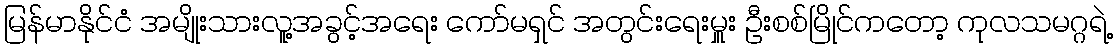
မြန်မာနိုင်ငံ အမျိုးသားလူ့အခွင့်အရေး ကော်မရှင် အတွင်းရေးမှူး ဦးစစ်မြိုင်ကတော့ ကုလသမဂ္ဂရဲ့